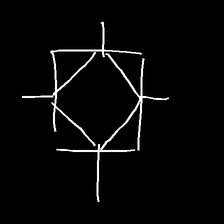
Glyph: light